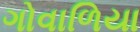
ગોવાળિયા